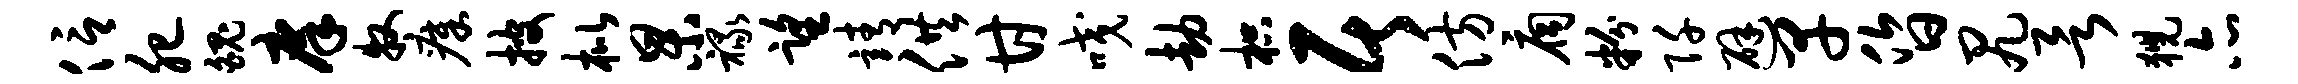
信肥魄庠牧瘴披枇杲禄望靖供甘咬劫枳居仿扃粉阡避早昏尻欲猊亦